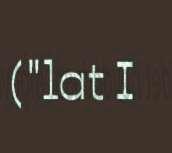
("lat I